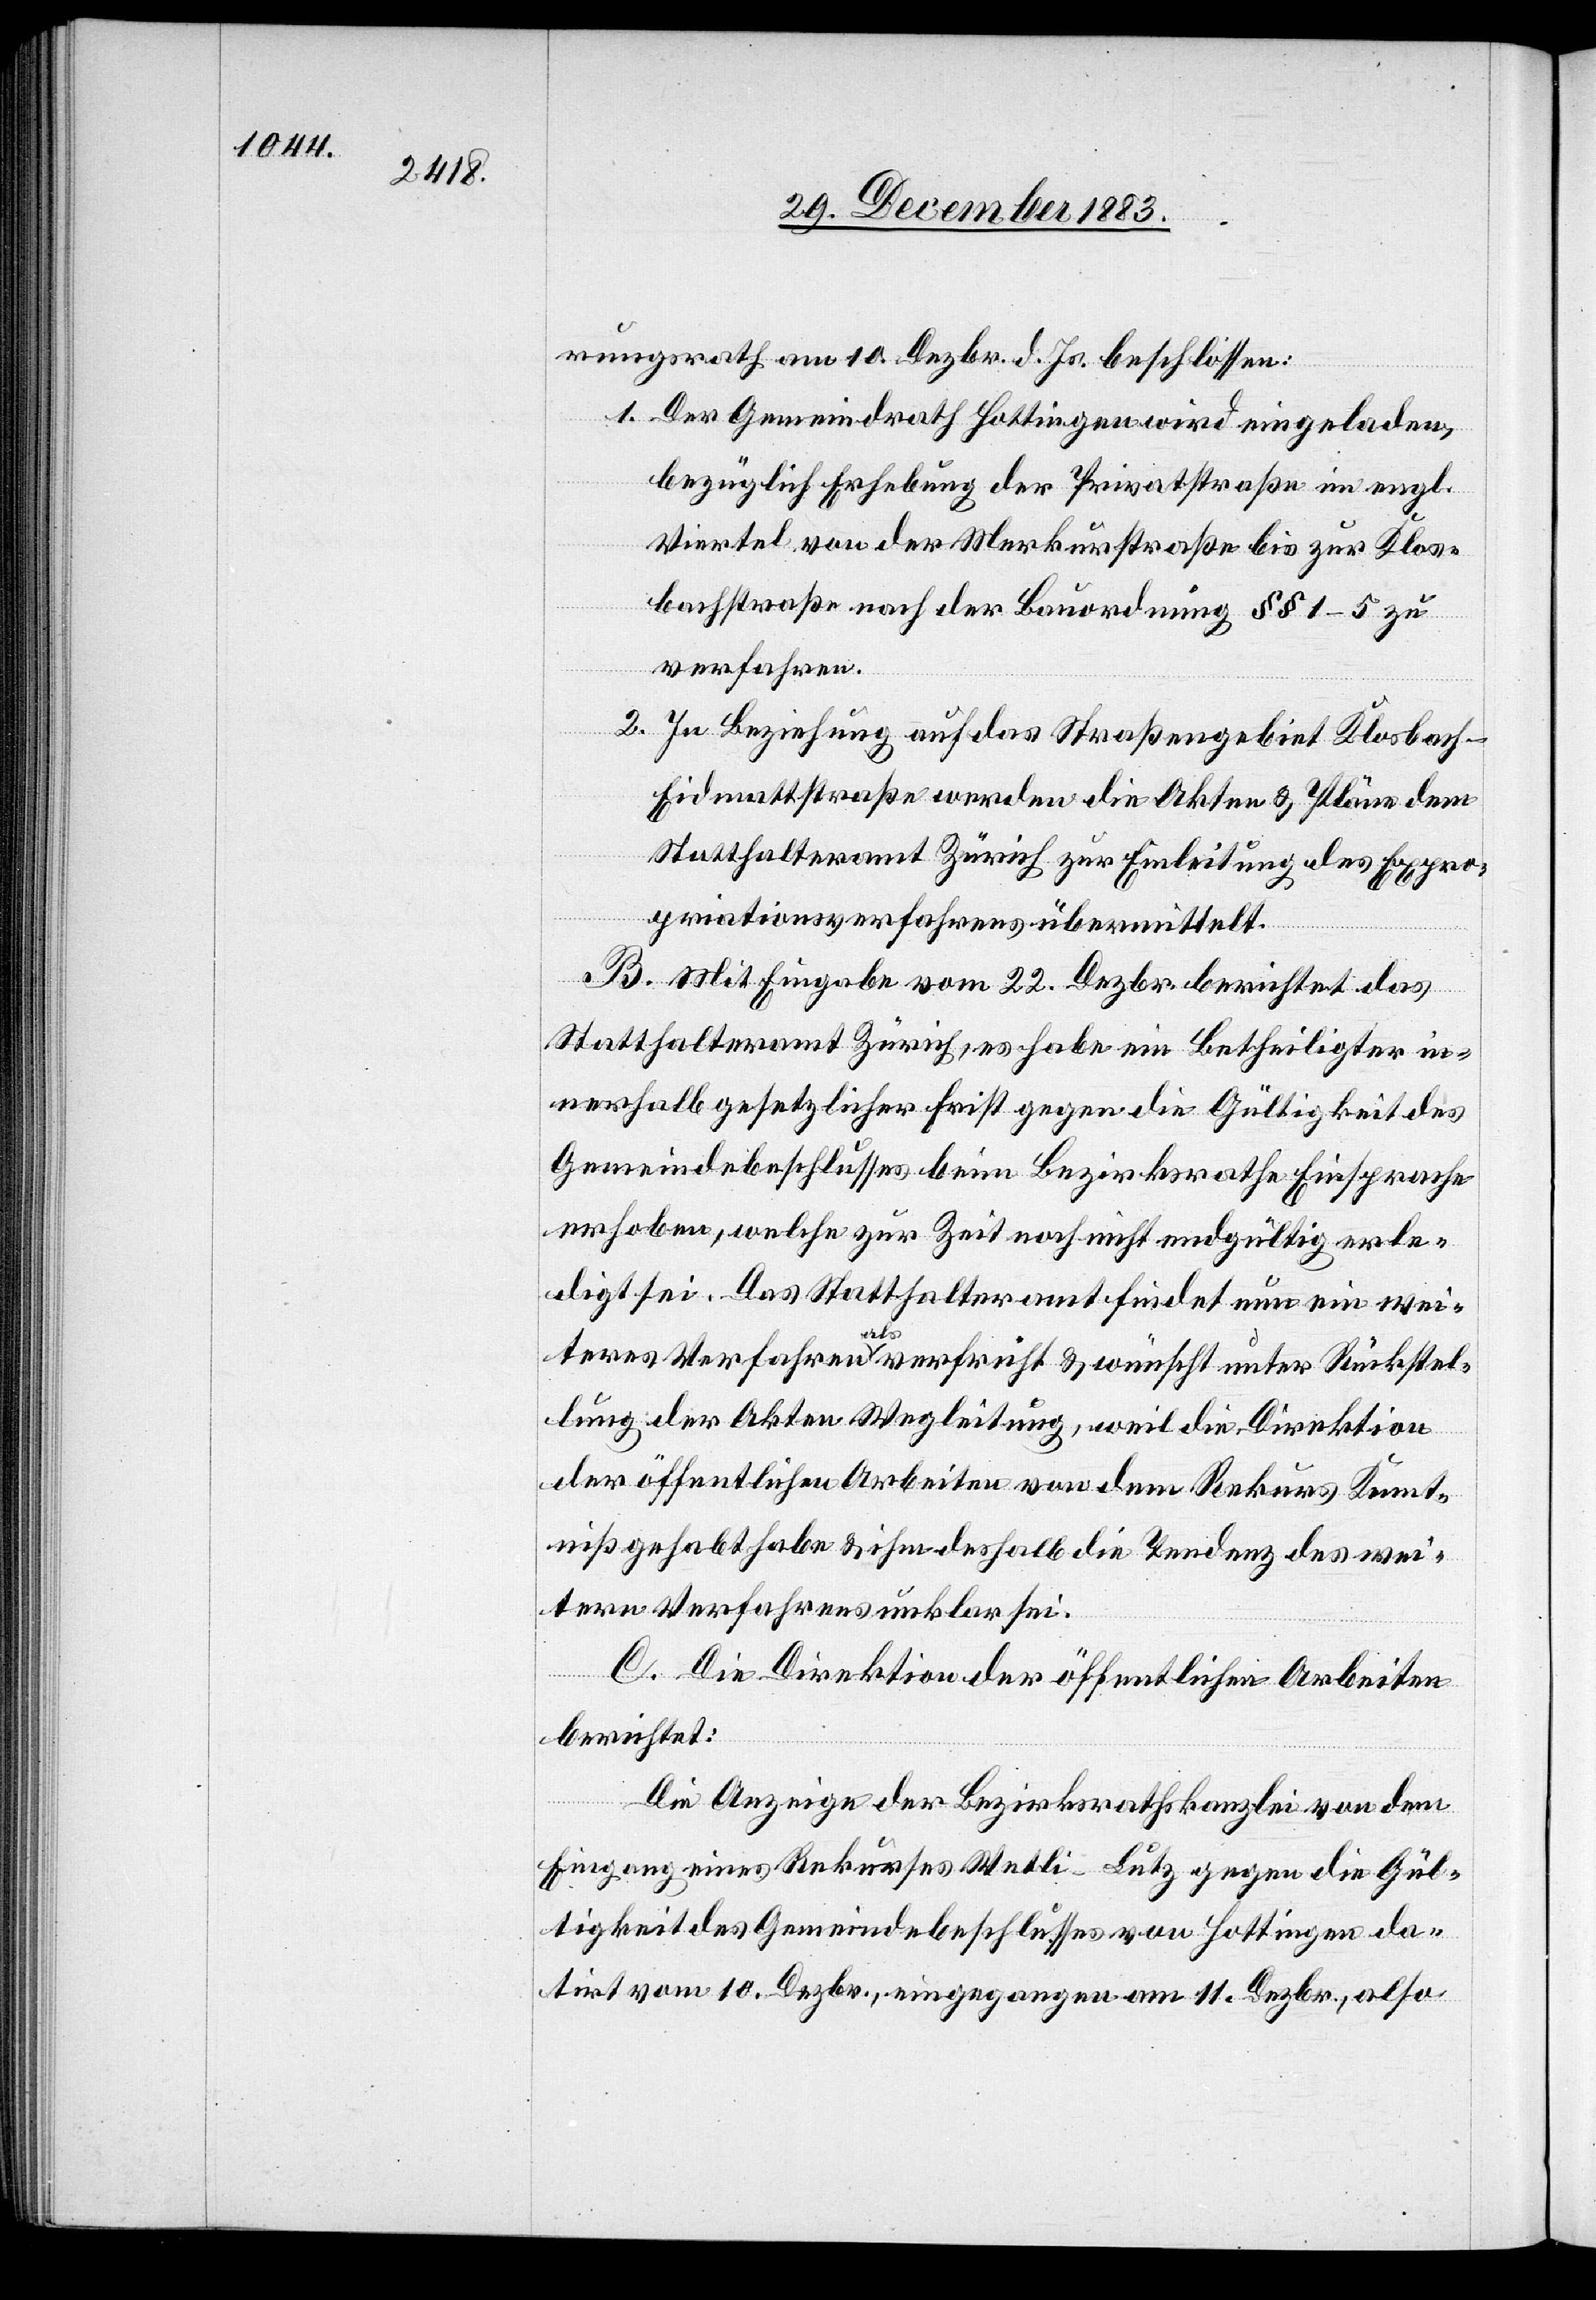
rungsrath am 10. Dezbr. d. Js. beschlossen:
1. Der Gemeindrath Hottingen wird eingeladen,
bezüglich Erhebung der Privatstraße im engl.
Viertel von der Merkurstraße bis zur Kloster¬
bachstraße nach der Bauordnung §§ 1–5 zu
verfahren.
2. In Beziehung auf das Straßengebiet Klosbach–E¬
idmattstraße werden die Akten & Pläne dem
Statthalteramt Zürich zur Einleitung des Expro¬
priationsverfahrens übermittelt.
B. Mit Eingabe vom 22. Dezbr. berichtet das
Statthalteramt Zürich, es habe ein Betheiligter in¬
nerhalb gesetzlicher Frist gegen die Gültigkeit des
Gemeindebeschlusses beim Bezirksrathes Einsprache
erhoben, welche zur Zeit noch nicht endgültig erle¬
digt sei. Das Statthalteramt findet nun ein wei¬
teres Verfahren als verfrüht & wünscht unter Rückstel¬
lung der Akten Wegleitung, weil die Direktion
der öffentlichen Arbeiten von dem Rekurs Kennt¬
niß gehabt habe & ihm deshalb die Tendenz des wei¬
tern Verfahrens unklar sei.
C. Die Direktion der öffentlichen Arbeiten
berichtet:
Die Anzeige der Bezirksrathskanzlei von dem
Eingang eines Rekurses Wetli-Lutz gegen die Gül¬
tigkeit des Gemeindebeschlusses von Hottingen da¬
tirt vom 10. Dezbr., eingegangen am 11. Dezbr., also